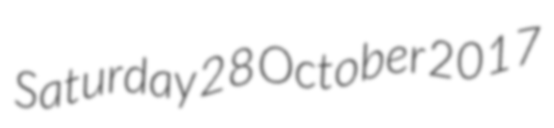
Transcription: Saturday 28 October 2017